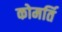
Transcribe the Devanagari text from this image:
कोमर्ति